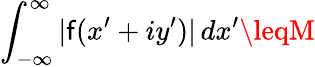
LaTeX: \int_{-\infty}^{\infty}|\mathsf{f}(x^{\prime}+iy^{\prime})|\, dx^{\prime}\leqM